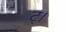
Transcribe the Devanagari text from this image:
ट्।